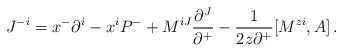
\begin{align*}J^{-i}=x^-\partial^i -x^i P^- +M^{iJ}\frac{\partial^J}{\partial^+}-\frac{1}{2z\partial^+}[M^{zi},A]\,.\end{align*}